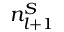
n _ { l + 1 } ^ { S }